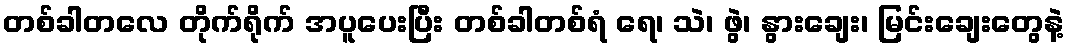
တစ်ခါတလေ တိုက်ရိုက် အပူပေးပြီး တစ်ခါတစ်ရံ ရေ၊ သဲ၊ ဖွဲ၊ နွားချေး၊ မြင်းချေးတွေနဲ့